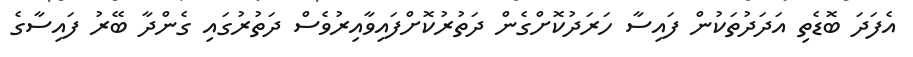
އެފަދަ ބޮޑެތި އަދަދުތަކުން ފައިސާ ހަރަދުކޮށްގެން ދަތުރުކޮށްފައިވާއިރުވެސް ދަތުރުގައި ގެންދާ ބޭރު ފައިސާގެ